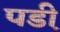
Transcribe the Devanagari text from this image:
पडी़